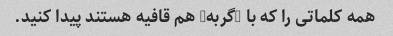
همه کلماتی را که با "گربه" هم قافیه هستند پیدا کنید.